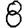
Digit: 8